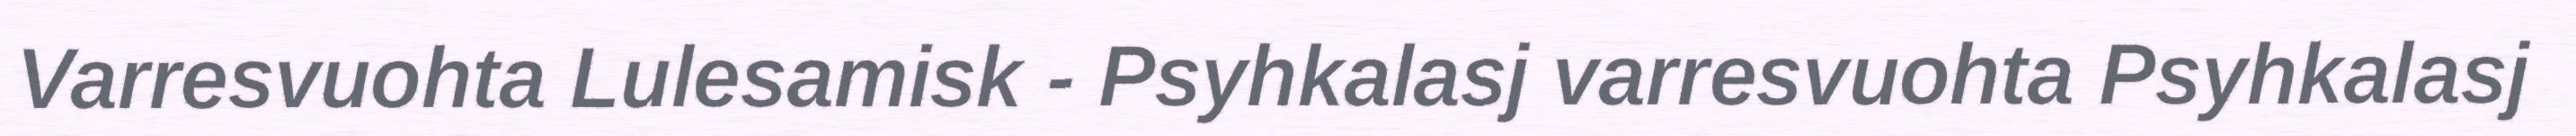
Varresvuohta Lulesamisk - Psyhkalasj varresvuohta Psyhkalasj